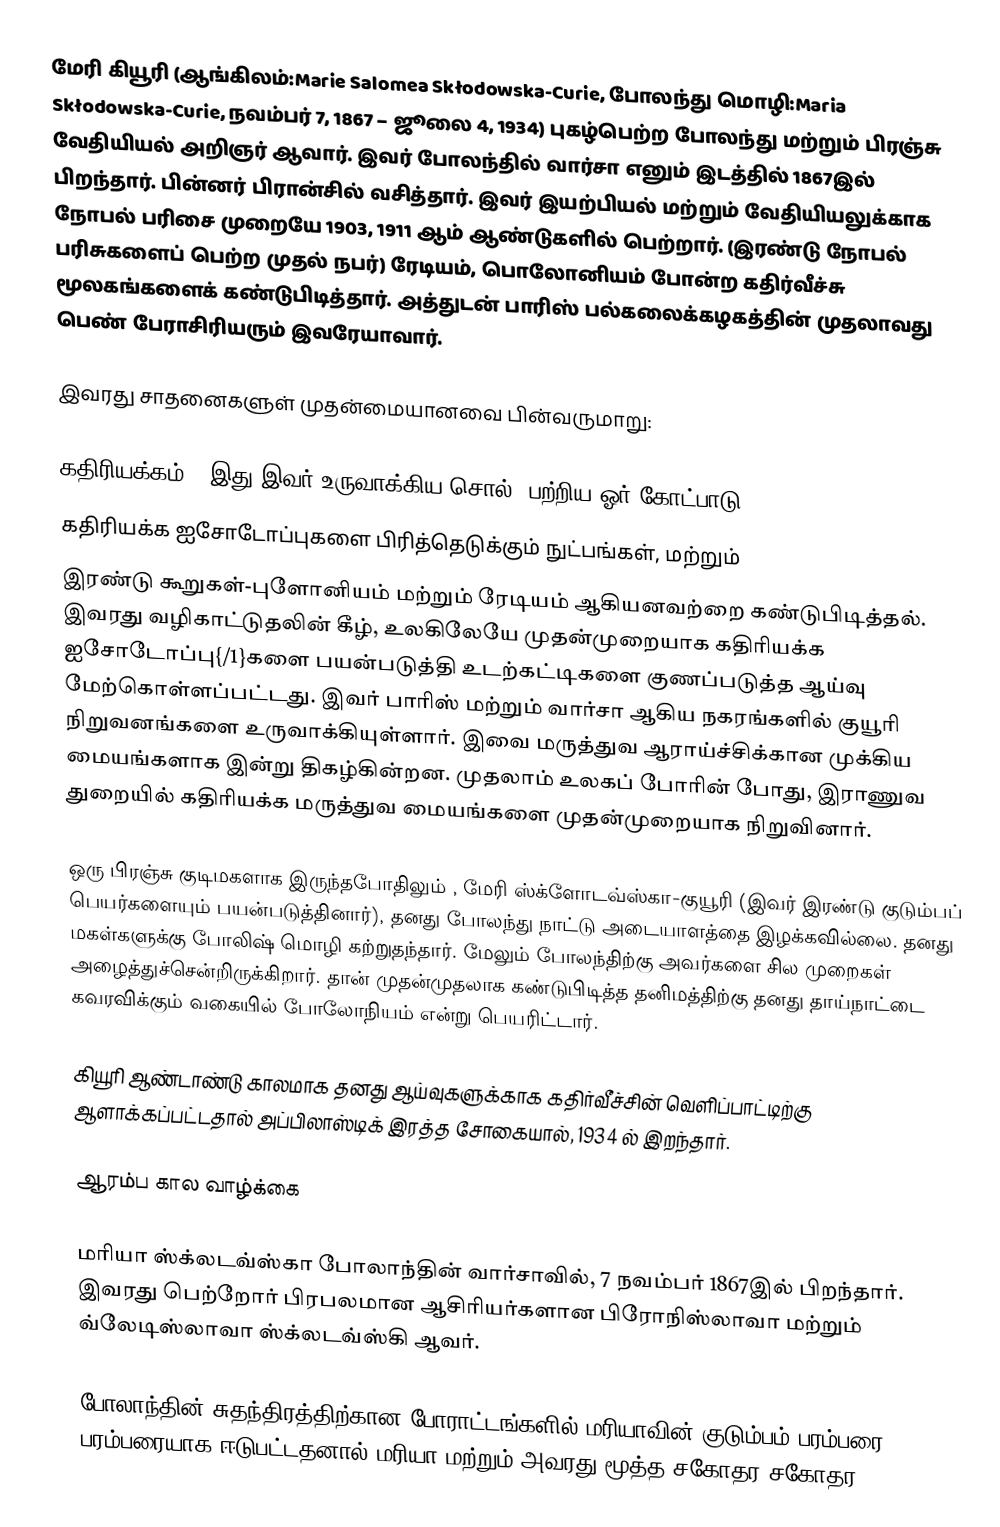
மேரி கியூரி (ஆங்கிலம்:Marie Salomea Skłodowska-Curie, போலந்து மொழி:Maria Skłodowska-Curie, நவம்பர் 7, 1867 – ஜூலை 4, 1934) புகழ்பெற்ற போலந்து மற்றும் பிரஞ்சு வேதியியல் அறிஞர் ஆவார். இவர் போலந்தில் வார்சா எனும் இடத்தில் 1867இல் பிறந்தார். பின்னர் பிரான்சில் வசித்தார். இவர் இயற்பியல் மற்றும் வேதியியலுக்காக நோபல் பரிசை முறையே 1903, 1911 ஆம் ஆண்டுகளில் பெற்றார். (இரண்டு நோபல் பரிசுகளைப் பெற்ற முதல் நபர்) ரேடியம், பொலோனியம் போன்ற கதிர்வீச்சு மூலகங்களைக் கண்டுபிடித்தார். அத்துடன் பாரிஸ் பல்கலைக்கழகத்தின் முதலாவது பெண் பேராசிரியரும் இவரேயாவார்.

இவரது சாதனைகளுள் முதன்மையானவை பின்வருமாறு:

 கதிரியக்கம் ( இது இவர் உருவாக்கிய சொல்) பற்றிய ஓர்  கோட்பாடு
 கதிரியக்க ஐசோடோப்புகளை பிரித்தெடுக்கும் நுட்பங்கள், மற்றும்
 இரண்டு கூறுகள்-புளோனியம் மற்றும் ரேடியம் ஆகியனவற்றை கண்டுபிடித்தல். இவரது வழிகாட்டுதலின் கீழ், உலகிலேயே முதன்முறையாக கதிரியக்க ஐசோடோப்பு{/1}களை பயன்படுத்தி உடற்கட்டிகளை குணப்படுத்த ஆய்வு மேற்கொள்ளப்பட்டது. இவர் பாரிஸ் மற்றும் வார்சா ஆகிய நகரங்களில் குயூரி நிறுவனங்களை உருவாக்கியுள்ளார். இவை மருத்துவ ஆராய்ச்சிக்கான முக்கிய மையங்களாக இன்று திகழ்கின்றன. முதலாம் உலகப் போரின் போது, இராணுவ துறையில் கதிரியக்க மருத்துவ மையங்களை முதன்முறையாக நிறுவினார்.

ஒரு பிரஞ்சு குடிமகளாக இருந்தபோதிலும் , மேரி ஸ்க்ளோடவ்ஸ்கா-குயூரி (இவர் இரண்டு குடும்பப் பெயர்களையும் பயன்படுத்தினார்), தனது போலந்து நாட்டு அடையாளத்தை இழக்கவில்லை. தனது மகள்களுக்கு போலிஷ் மொழி கற்றுதந்தார். மேலும் போலந்திற்கு அவர்களை சில முறைகள் அழைத்துச்சென்றிருக்கிறார். தான் முதன்முதலாக கண்டுபிடித்த தனிமத்திற்கு தனது தாய்நாட்டை கவரவிக்கும் வகையில் போலோநியம் என்று பெயரிட்டார்.

கியூரி ஆண்டாண்டு காலமாக தனது ஆய்வுகளுக்காக கதிர்வீச்சின் வெளிப்பாட்டிற்கு ஆளாக்கப்பட்டதால் அப்பிலாஸ்டிக் இரத்த சோகையால், 1934 ல் இறந்தார்.

ஆரம்ப கால வாழ்க்கை

மரியா ஸ்க்லடவ்ஸ்கா போலாந்தின் வார்சாவில், 7 நவம்பர் 1867இல்  பிறந்தார். இவரது பெற்றோர் பிரபலமான ஆசிரியர்களான பிரோநிஸ்லாவா மற்றும் வ்லேடிஸ்லாவா ஸ்க்லடவ்ஸ்கி ஆவர்.

போலாந்தின் சுதந்திரத்திற்கான போராட்டங்களில் மரியாவின் குடும்பம் பரம்பரை பரம்பரையாக ஈடுபட்டதனால் மரியா மற்றும் அவரது மூத்த சகோதர சகோதர